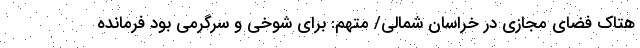
هتاک فضای مجازی در خراسان شمالی/ متهم: برای شوخی و سرگرمی بود فرمانده